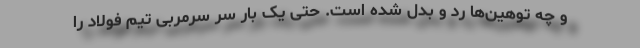
و چه توهین‌ها رد و بدل شده است. حتی یک بار سر سرمربی تیم فولاد را